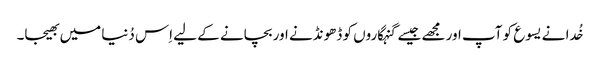
خُدا نے یسوع کو آپ اور مجھے جیسے گنہگاروں کو ڈھونڈنے اور بچانے کے لیے اِس دُنیا میں بھیجا۔